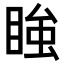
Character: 𭿂